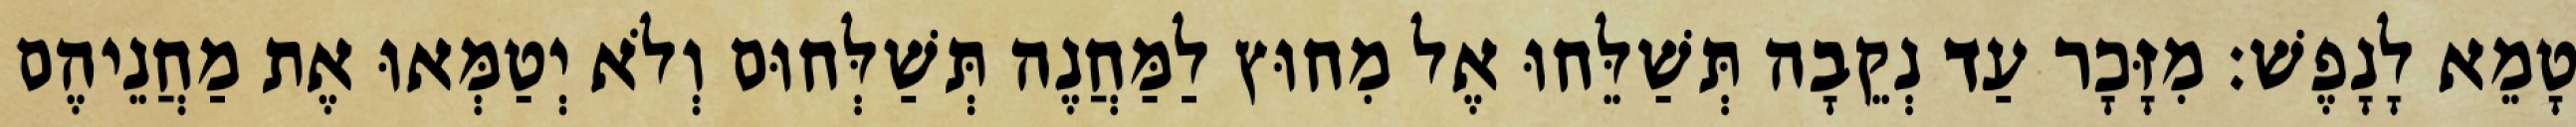
טָמֵא לָנָפֶשׁ׃ מִזָּכָר עַד נְקֵבָה תְּשַׁלֵּחוּ אֶל מִחוּץ לַמַּחֲנֶה תְּשַׁלְּחוּם וְלֹא יְטַמְּאוּ אֶת מַחֲנֵיהֶם